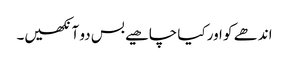
اندھے کو اور کیا چاھیے بس دو آنکھیں۔